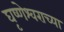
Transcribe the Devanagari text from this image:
घृष्णेश्वराच्या